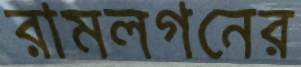
রামলগনের